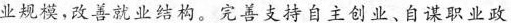
业规模，改善就业结构。完善支持自主创业、自谋职业政